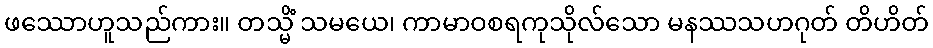
ဖဿောဟူသည်ကား။ တသ္မိံ သမယေ၊ ကာမာဝစရကုသိုလ်သော မနဿသဟဂုတ် တိဟိတ်